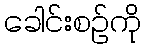
ခေါင်းစဉ်ကို